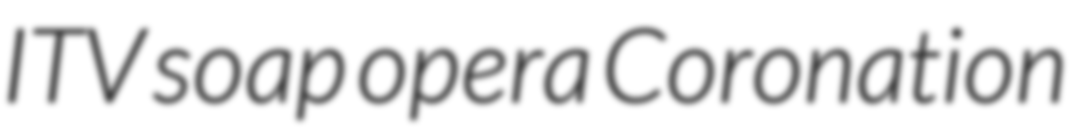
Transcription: ITV soap opera Coronation